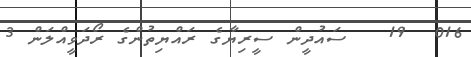
016  19   ސައުދީން ސީރިޔާގެ ރައްޔިތުންގެ ރޯދަވީއްލަން 3